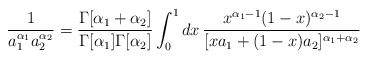
LaTeX: \begin{align*}\frac{1}{a_{1}^{\alpha_1} a_{2}^{\alpha_2}}= \frac{\Gamma[\alpha_1+\alpha_2]}{\Gamma[\alpha_1]\Gamma[\alpha_2]} \int_{0}^{1} d x \,\frac {x^{\alpha_1-1} (1-x)^{\alpha_2-1}}{[x a_1 + (1-x) a_2]^{ \alpha_1+\alpha_2}}\end{align*}